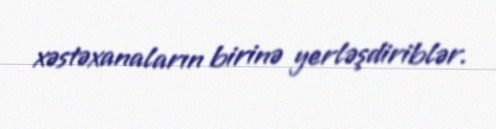
xəstəxanaların birinə yerləşdiriblər.